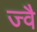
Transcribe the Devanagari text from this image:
ज्‍वै